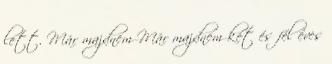
lett. Már majdnem Már majdnem két és fél éves